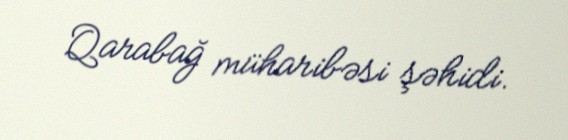
Qarabağ müharibəsi şəhidi.